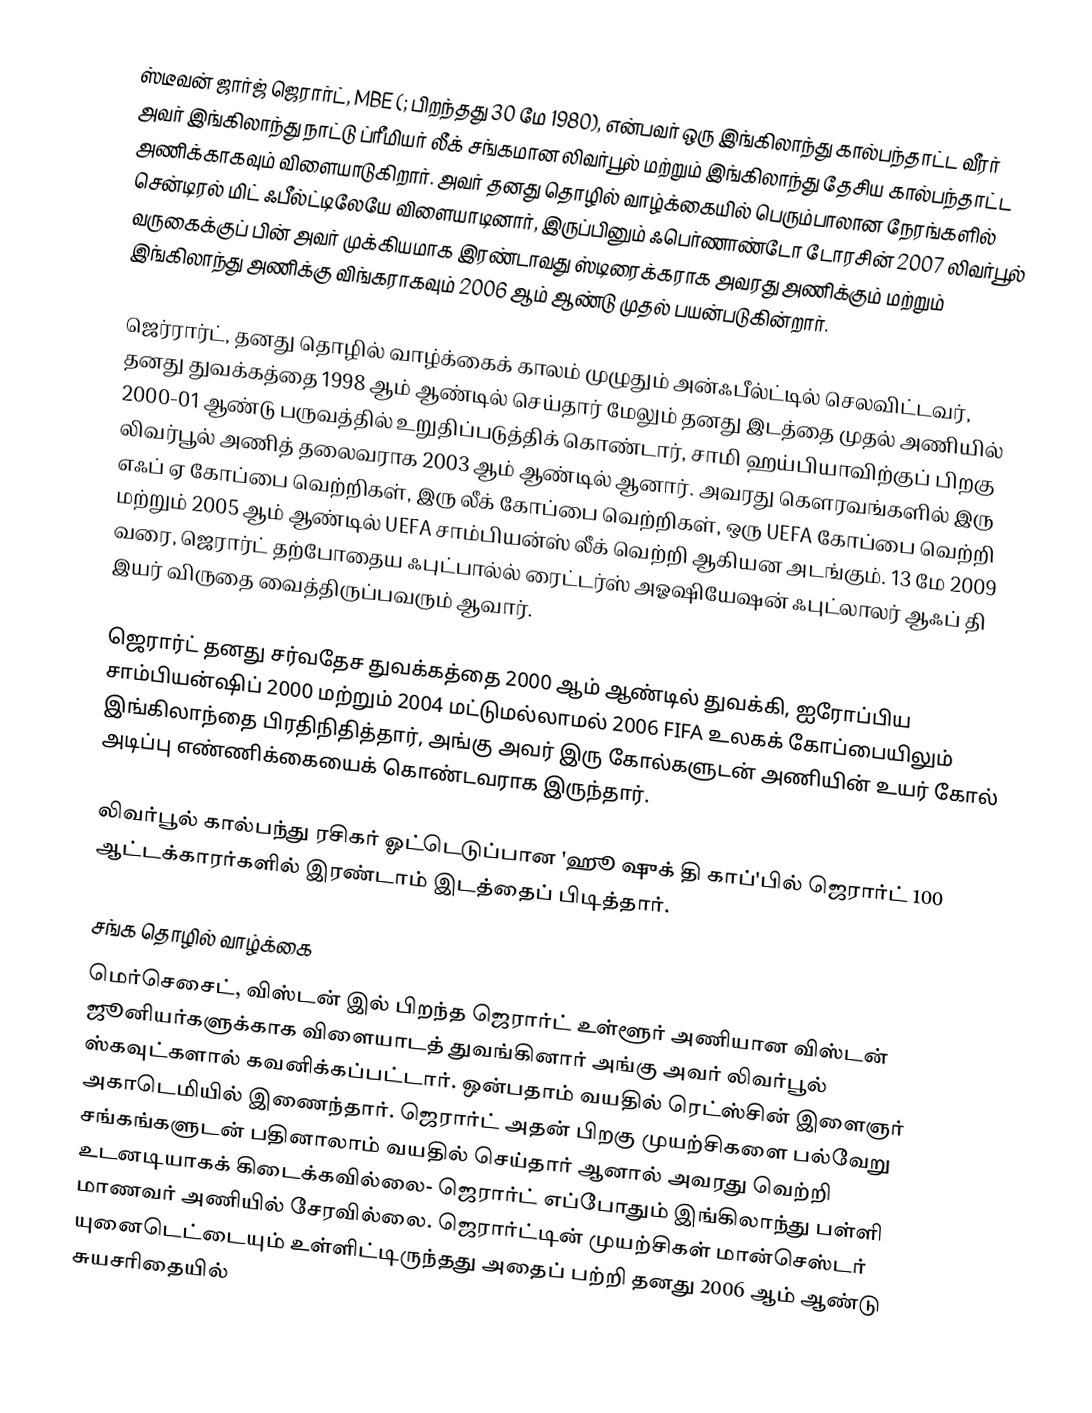
ஸ்டீவன் ஜார்ஜ் ஜெரார்ட், MBE (; பிறந்தது 30 மே 1980), என்பவர் ஒரு இங்கிலாந்து கால்பந்தாட்ட வீரர் அவர் இங்கிலாந்து நாட்டு ப்ரீமியர் லீக் சங்கமான லிவர்பூல் மற்றும் இங்கிலாந்து தேசிய கால்பந்தாட்ட அணிக்காகவும் விளையாடுகிறார். அவர் தனது தொழில் வாழ்க்கையில் பெரும்பாலான நேரங்களில் சென்டிரல் மிட் ஃபீல்ட்டிலேயே விளையாடினார், இருப்பினும் ஃபெர்ணாண்டோ டோரசின் 2007 லிவர்பூல் வருகைக்குப் பின் அவர் முக்கியமாக இரண்டாவது ஸ்டிரைக்கராக அவரது அணிக்கும் மற்றும் இங்கிலாந்து அணிக்கு விங்கராகவும் 2006 ஆம் ஆண்டு முதல் பயன்படுகின்றார்.

ஜெர்ரார்ட், தனது தொழில் வாழ்க்கைக் காலம் முழுதும் அன்ஃபீல்ட்டில் செலவிட்டவர், தனது துவக்கத்தை 1998 ஆம் ஆண்டில் செய்தார் மேலும் தனது இடத்தை முதல் அணியில் 2000-01 ஆண்டு பருவத்தில் உறுதிப்படுத்திக் கொண்டார், சாமி ஹய்பியாவிற்குப் பிறகு லிவர்பூல் அணித் தலைவராக 2003 ஆம் ஆண்டில் ஆனார். அவரது கௌரவங்களில் இரு எஃப் ஏ கோப்பை வெற்றிகள், இரு லீக் கோப்பை வெற்றிகள், ஒரு UEFA கோப்பை வெற்றி மற்றும் 2005 ஆம் ஆண்டில் UEFA சாம்பியன்ஸ் லீக் வெற்றி ஆகியன அடங்கும். 13 மே 2009 வரை, ஜெரார்ட் தற்போதைய ஃபுட்பால்ல் ரைட்டர்ஸ் அஓஷியேஷன் ஃபுட்லாலர் ஆஃப் தி இயர் விருதை வைத்திருப்பவரும் ஆவார்.

ஜெரார்ட் தனது சர்வதேச துவக்கத்தை 2000 ஆம் ஆண்டில் துவக்கி, ஐரோப்பிய சாம்பியன்ஷிப் 2000 மற்றும் 2004 மட்டுமல்லாமல் 2006 FIFA உலகக் கோப்பையிலும் இங்கிலாந்தை பிரதிநிதித்தார், அங்கு அவர் இரு கோல்களுடன் அணியின் உயர் கோல் அடிப்பு எண்ணிக்கையைக் கொண்டவராக இருந்தார்.

லிவர்பூல் கால்பந்து ரசிகர் ஓட்டெடுப்பான 'ஹூ ஷுக் தி காப்'பில் ஜெரார்ட் 100 ஆட்டக்காரர்களில் இரண்டாம் இடத்தைப் பிடித்தார்.

சங்க தொழில் வாழ்க்கை
மெர்செசைட், விஸ்டன் இல் பிறந்த ஜெரார்ட் உள்ளூர் அணியான விஸ்டன் ஜூனியர்களுக்காக விளையாடத் துவங்கினார் அங்கு அவர் லிவர்பூல் ஸ்கவுட்களால் கவனிக்கப்பட்டார். ஒன்பதாம் வயதில் ரெட்ஸ்சின் இளைஞர் அகாடெமியில் இணைந்தார். ஜெரார்ட் அதன் பிறகு முயற்சிகளை பல்வேறு சங்கங்களுடன் பதினாலாம் வயதில் செய்தார் ஆனால் அவரது வெற்றி உடனடியாகக் கிடைக்கவில்லை- ஜெரார்ட் எப்போதும் இங்கிலாந்து பள்ளி மாணவர் அணியில் சேரவில்லை. ஜெரார்ட்டின் முயற்சிகள் மான்செஸ்டர் யுனைடெட்டையும் உள்ளிட்டிருந்தது அதைப் பற்றி தனது 2006 ஆம் ஆண்டு சுயசரிதையில்